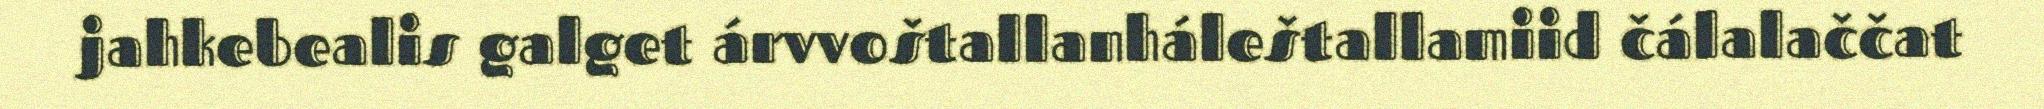
jahkebealis galget árvvoštallanháleštallamiid čálalaččat